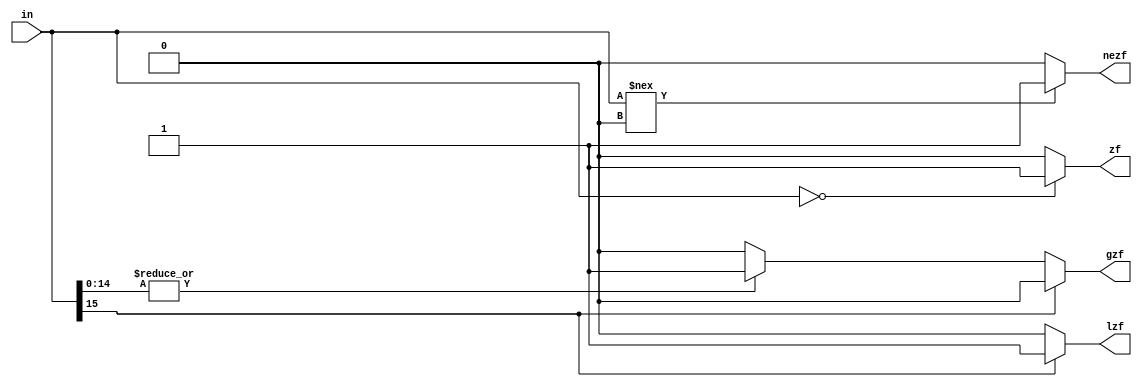
module branch_flags(in, zf, nezf, gzf, lzf);

input [15:0] in;

output zf, nezf, gzf, lzf;

		//zero flag
		assign zf = (in == 16'h0000) ? 1'b1 : 1'b0;
		//greater than zero flag
		//If MSB is zero and any other bits set, then out>0
		assign gzf = (!in[15]) ? (|in[14:0] ? 1'b1 : 1'b0) : 1'b0;
		//less than zero flag
		//If MSB is set then out<0
		assign lzf = (in[15]) ? 1'b1 : 1'b0;
		//not equal to zero flag
		assign nezf = (in !== 16'h0000) ? 1'b1 : 1'b0;

endmodule